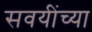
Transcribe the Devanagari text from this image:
सवयींच्या